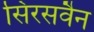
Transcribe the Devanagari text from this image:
सिरसवैन